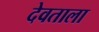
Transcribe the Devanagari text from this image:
देवताला